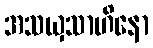
အသယှသာဟိနော